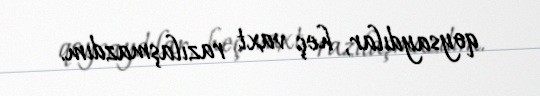
qoysaydılar, heç vaxt razılaşmazdım.